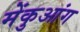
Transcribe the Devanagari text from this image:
मेंकुआंग